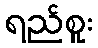
ရည်စူး